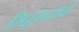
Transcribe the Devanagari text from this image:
सिद्धान्तांची